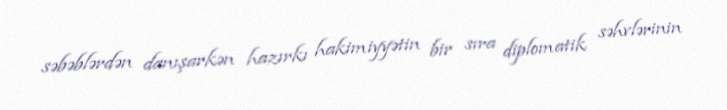
səbəblərdən danışarkən hazırkı hakimiyyətin bir sıra diplomatik səhvlərinin